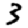
Digit: 3